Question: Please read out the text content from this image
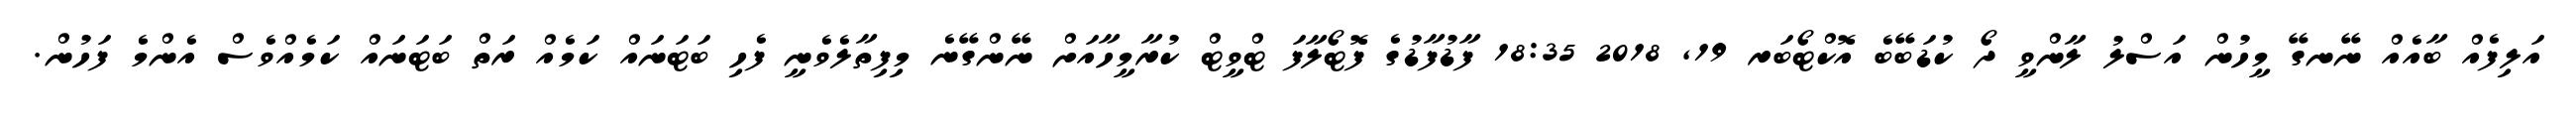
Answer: އަލިފެއް ބާއެއް ނޭނގޭ މީހުން އަސްލު ލާންވީ ދޯ ކުޑަބޭބެ އޮކްޓޯބަރ 19, 2018 18:35 ފާޑުފާޑުގެ ފޮޓޯލާފަ ޓްވީޓް ކުރާމީހާއަށް ނޭންގޭނެ މިފިތާލެވެނީ ފެހި ބަޓަނައް ކަމެއް ރަތް ބަޓަނައް ކަމެއްވެސް އެންމެ ފަހުން.